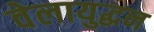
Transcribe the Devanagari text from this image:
वेलायुद्धन